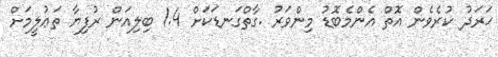
ޚަރަދު ކުރެވެން އޮތް އެންމެބޮޑު މިންވަރު .ގާތްގަނޑަކަށް 1.4 ބިލިއަން ރުފިޔާ ތަޢުލީމަށް